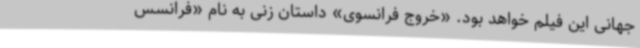
جهانی این فیلم خواهد بود. «خروج فرانسوی» داستان زنی به نام «فرانسس